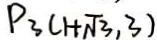
P _ { 3 } ( 1 + \sqrt { 3 } , 3 )